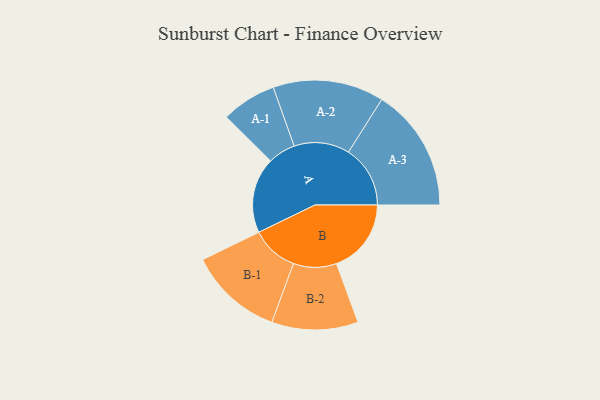
{"axis": {"x": "Segment", "y": "Value"}, "legend": ["", "A", "B"], "data": [{"x": "A", "y": 338, "type": ""}, {"x": "B", "y": 334, "type": ""}, {"x": "A-1", "y": 123, "type": "A"}, {"x": "A-2", "y": 248, "type": "A"}, {"x": "A-3", "y": 276, "type": "A"}, {"x": "B-1", "y": 210, "type": "B"}, {"x": "B-2", "y": 193, "type": "B"}]}